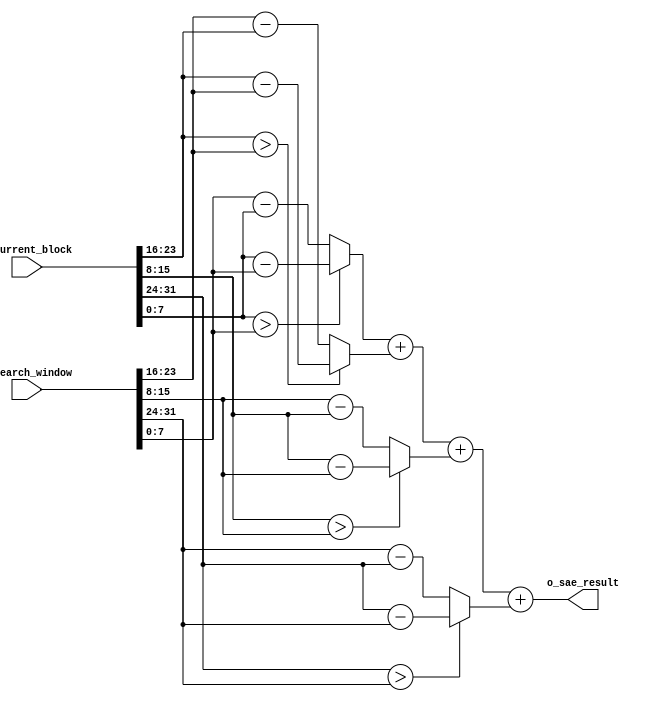
module processor
			(
			i_current_block,
			i_search_window,
			o_sae_result); 


localparam BLOCK_WIDTH = 2;
localparam BLOCK_SIZE = 4;
localparam WORD_SIZE = 8;

input wire [BLOCK_SIZE*WORD_SIZE-1:0] i_current_block;
input wire [BLOCK_SIZE*WORD_SIZE-1:0] i_search_window;
output wire [9:0] o_sae_result;




// local variables 
reg [1:0] idx,jdx; 
wire [7:0] current_block [0:BLOCK_WIDTH-1] [0:BLOCK_WIDTH-1]; 
wire [7:0] search_window [0:BLOCK_WIDTH-1] [0:BLOCK_WIDTH-1]; 
wire[7:0] sae_result [0:BLOCK_WIDTH-1] [0:BLOCK_WIDTH-1]; 
reg [9:0] sae_accumulator [3:0]; 
// genvar statement 
genvar i,j; 
generate
	for(i = 0 ; i < BLOCK_WIDTH ; i = i + 1) begin 
		for(j = 0 ; j < BLOCK_WIDTH ; j = j + 1) begin 
			assign current_block[i][j] = i_current_block[(WORD_SIZE*(i+1)+BLOCK_WIDTH*WORD_SIZE*j-1) : (8*i+BLOCK_WIDTH*WORD_SIZE*j)]; 
			assign search_window[i][j] = i_search_window[(WORD_SIZE*(i+1)+BLOCK_WIDTH*WORD_SIZE*j-1) : (8*i+BLOCK_WIDTH*WORD_SIZE*j)]; 
			assign sae_result[i][j] = (current_block[i][j] > search_window[i][j]) ? (current_block[i][j] - search_window[i][j]) : (search_window[i][j] - current_block[i][j]); 
		end 
	end
endgenerate


always @(*) begin
        for(idx = 0; idx < 2; idx = idx + 1) begin
            for(jdx = 0; jdx < 2; jdx = jdx + 1) begin
				if (idx == 0 && jdx == 0) begin
                	sae_accumulator[0] = {{(2){1'b0}}, sae_result[idx[0]][jdx[0]]};
				end
				else begin
					sae_accumulator[idx*2 + jdx] = sae_accumulator[idx*2 +jdx -1] + {{(2){1'b0}}, sae_result[idx[0]][jdx[0]]}; 
				end
			end
        end
end
  
assign o_sae_result = sae_accumulator[3];

endmodule